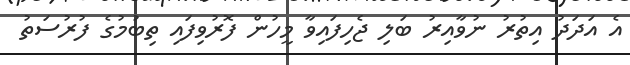
އެ އަދަދު އިތުރު ނުވާއިރު ބަލި ޖެހިފައިވާ މީހުން ފޮރުވިފައި ތިބުމުގެ ފުރުސަތު